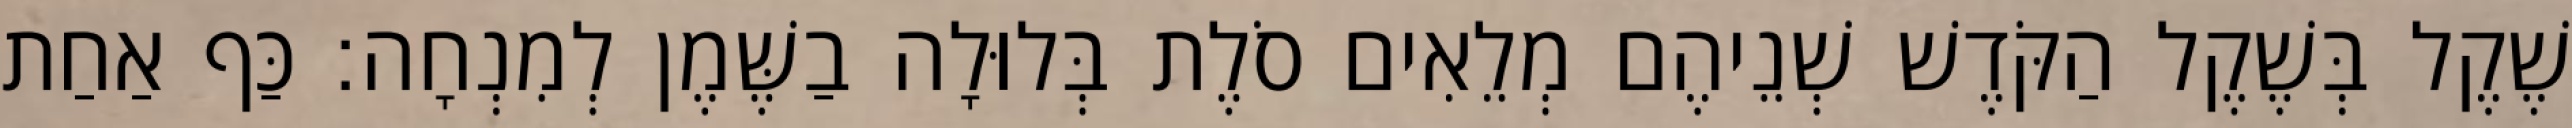
שֶׁקֶל בְּשֶׁקֶל הַקֹּדֶשׁ שְׁנֵיהֶם מְלֵאִים סֹלֶת בְּלוּלָה בַשֶּׁמֶן לְמִנְחָה׃ כַּף אַחַת